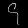
Digit: ၄